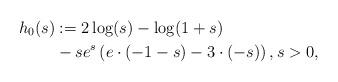
LaTeX: \begin{align*} h_0(s) &:= 2 \log (s) - \log (1+s) \\ & - s e^s \left( e \cdot (-1-s) - 3 \cdot (-s) \right) , s>0, \end{align*}